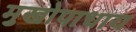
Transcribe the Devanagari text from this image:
मुखोपाधाय